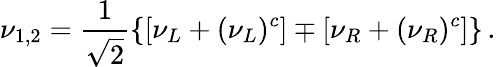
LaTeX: \nu_{1,2}=\frac{1}{\sqrt{2}}\left\{ \left[\nu_{L}+(\nu_{L})^{c}\right]\mp\left[\nu_{R}+(\nu_{R})^{c}\right]\right\} \, .